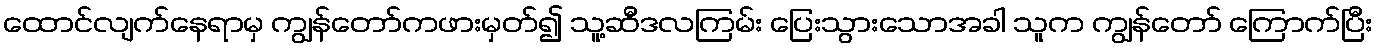
ထောင်လျက်နေရာမှ ကျွန်တော်ကဖားမှတ်၍ သူ့ဆီဒလကြမ်း ပြေးသွားသောအခါ သူက ကျွန်တော် ကြောက်ပြီး